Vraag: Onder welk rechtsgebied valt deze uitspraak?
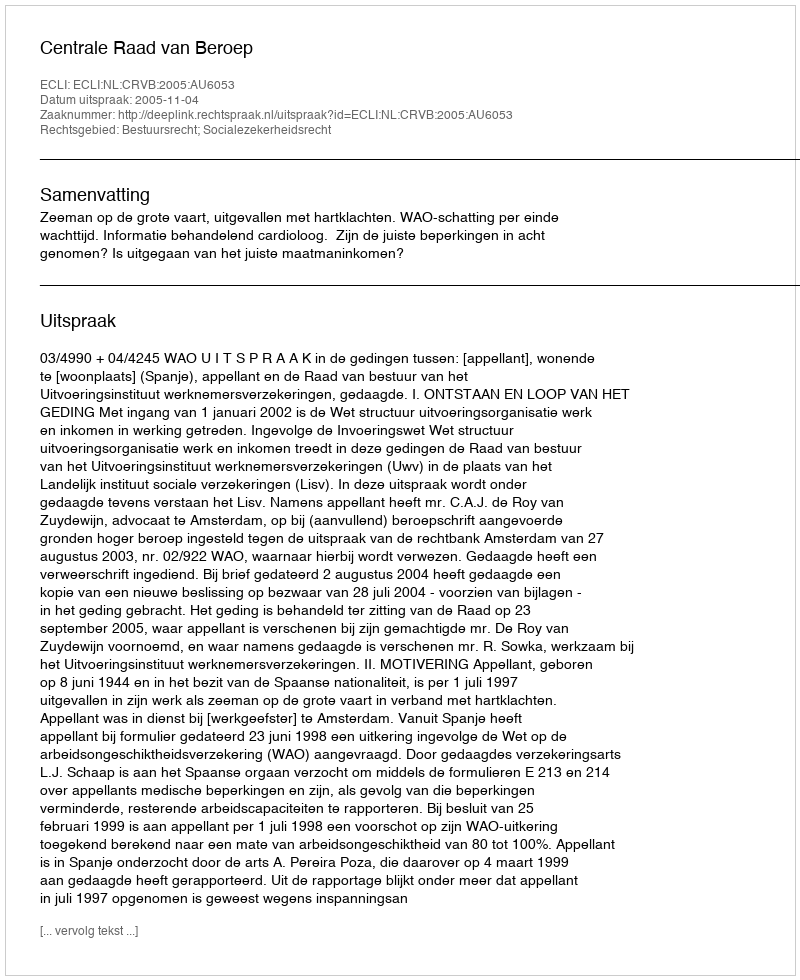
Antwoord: Bestuursrecht; Socialezekerheidsrecht